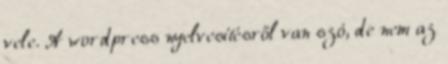
vele. A wordpress nyelvesítésről van szó, de nem az